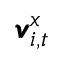
\pmb { v } _ { i , t } ^ { x }